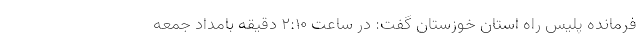
فرمانده پلیس راه استان خوزستان گفت: در ساعت ۲:۱۰ دقیقه بامداد جمعه